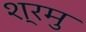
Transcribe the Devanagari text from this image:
श्रमु